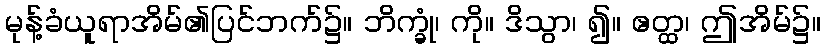
မုန့်ခံယူရာအိမ်၏ပြင်ဘက်၌။ ဘိက္ခုံ၊ ကို။ ဒိသွာ၊ ၍။ ဧတ္ထ၊ ဤအိမ်၌။